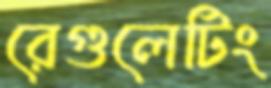
রেগুলেটিং